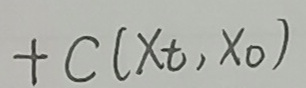
$+ C(x_t, x_0)$